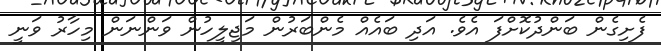
ފެށިގެން ބަންދުކޮށްފަ އެވެ. އަދި ބައެއް މެންބަރުން މަޖިލީހުން ވަންނަން މިހާރު ވަނީ